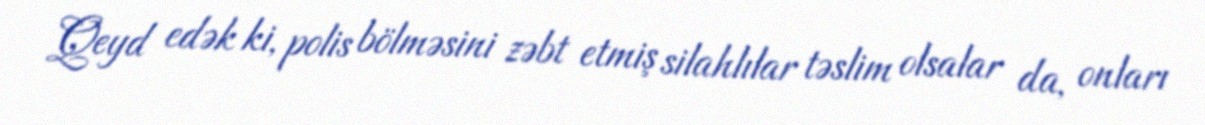
Qeyd edək ki, polis bölməsini zəbt etmiş silahlılar təslim olsalar da, onları